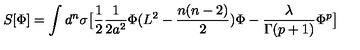
S [ \Phi ] = \int d ^ { n } \sigma \big [ \frac { 1 } { 2 } \frac { 1 } { 2 a ^ { 2 } } \Phi ( L ^ { 2 } - \frac { n ( n - 2 ) } { 2 } ) \Phi - \frac { \lambda } { \Gamma ( p + 1 ) } \Phi ^ { p } \big ]